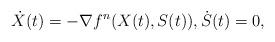
LaTeX: \begin{align*}\dot X(t) = - \nabla f^n(X(t), S(t)), \dot S(t) = 0,\end{align*}